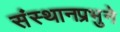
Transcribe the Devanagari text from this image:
संस्थानप्रभुने